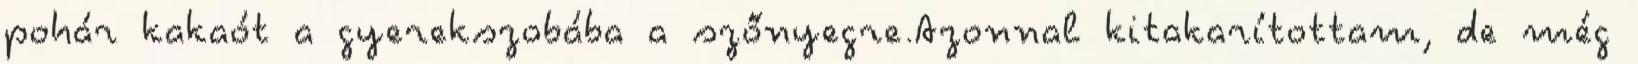
pohár kakaót a gyerekszobába a szőnyegre.Azonnal kitakarítottam, de még